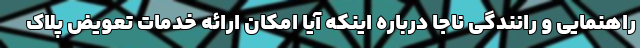
راهنمایی و رانندگی ناجا درباره اینکه آیا امکان ارائه خدمات تعویض پلاک